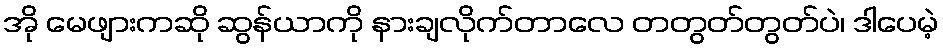
အို မေဖျားကဆို ဆွန်ယာကို နားချလိုက်တာလေ တတွတ်တွတ်ပဲ၊ ဒါပေမဲ့